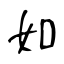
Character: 如